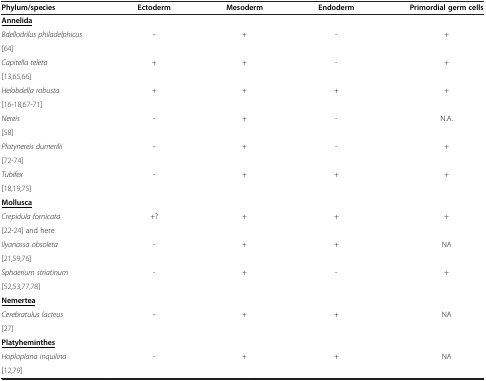
<table><thead><tr><td><b>Phylum/species</b></td><td><b>Ectoderm</b></td><td><b>Mesoderm</b></td><td><b>Endoderm</b></td><td><b>Primordial germ cells</b></td></tr></thead><tbody><tr><td><b><underline>Annelida</underline></b></td><td> </td><td> </td><td> </td><td> </td></tr><tr><td><i>Bdellodrilus philadelphicus</i></td><td rowspan="2">-</td><td rowspan="2">+</td><td rowspan="2">-</td><td rowspan="2">+</td></tr><tr><td>[64]</td></tr><tr><td><i>Capitella teleta</i></td><td rowspan="2">+</td><td rowspan="2">+</td><td rowspan="2">-</td><td rowspan="2">+</td></tr><tr><td>[13,65,66]</td></tr><tr><td><i>Helobdella robusta</i></td><td rowspan="2">+</td><td rowspan="2">+</td><td rowspan="2">+</td><td rowspan="2">+</td></tr><tr><td>[16-18,67-71]</td></tr><tr><td><i>Nereis</i></td><td rowspan="2">-</td><td rowspan="2">+</td><td rowspan="2">-</td><td rowspan="2">N.A.</td></tr><tr><td>[58]</td></tr><tr><td><i>Platynereis dumerilii</i></td><td rowspan="2">-</td><td rowspan="2">+</td><td rowspan="2">-</td><td rowspan="2">+</td></tr><tr><td>[72-74]</td></tr><tr><td><i>Tubifex</i></td><td rowspan="2">-</td><td rowspan="2">+</td><td rowspan="2">+</td><td rowspan="2">+</td></tr><tr><td>[18,19,75]</td></tr><tr><td><b><underline>Mollusca</underline></b></td><td> </td><td> </td><td> </td><td> </td></tr><tr><td><i>Crepidula fornicata</i></td><td rowspan="2">+?</td><td rowspan="2">+</td><td rowspan="2">+</td><td rowspan="2">+</td></tr><tr><td>[22-24] and here</td></tr><tr><td><i>Ilyanassa obsoleta</i></td><td rowspan="2">-</td><td rowspan="2">+</td><td rowspan="2">+</td><td rowspan="2">NA</td></tr><tr><td>[21,59,76]</td></tr><tr><td><i>Sphaerium striatinum</i></td><td rowspan="2">-</td><td rowspan="2">+</td><td rowspan="2">-</td><td rowspan="2">+</td></tr><tr><td>[52,53,77,78]</td></tr><tr><td><b><underline>Nemertea</underline></b></td><td> </td><td> </td><td> </td><td> </td></tr><tr><td><i>Cerebratulus lacteus</i></td><td rowspan="2">-</td><td rowspan="2">+</td><td rowspan="2">+</td><td rowspan="2">NA</td></tr><tr><td>[27]</td></tr><tr><td><b><underline>Platyheminthes</underline></b></td><td> </td><td> </td><td> </td><td> </td></tr><tr><td><i>Hoploplana inquilina</i></td><td>-</td><td>+</td><td>+</td><td>NA</td></tr><tr><td>[12,79]</td><td> </td><td> </td><td> </td><td> </td></tr></tbody></table>